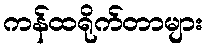
ကန်ထရိုက်တာများ